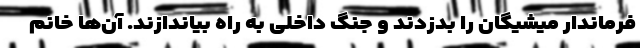
فرماندار میشیگان را بدزدند و جنگ داخلی به راه بیاندازند. آن‌ها خانم